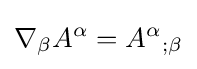
\nabla _{\beta }A^{\alpha }=A^{\alpha }{}_{;\beta }